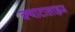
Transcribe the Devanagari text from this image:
क्याटालाइज